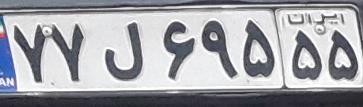
۷۷ل۶۹۵۵۵